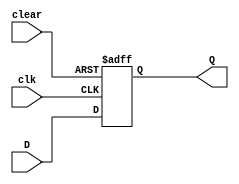
module async_clear_D_ff (
    input wire clk,
    input wire clear,
    input wire D,
    output reg Q
);

always @(posedge clk or posedge clear) begin
    if (clear)
        Q <= 1'b0;
    else
        Q <= D;
end

endmodule